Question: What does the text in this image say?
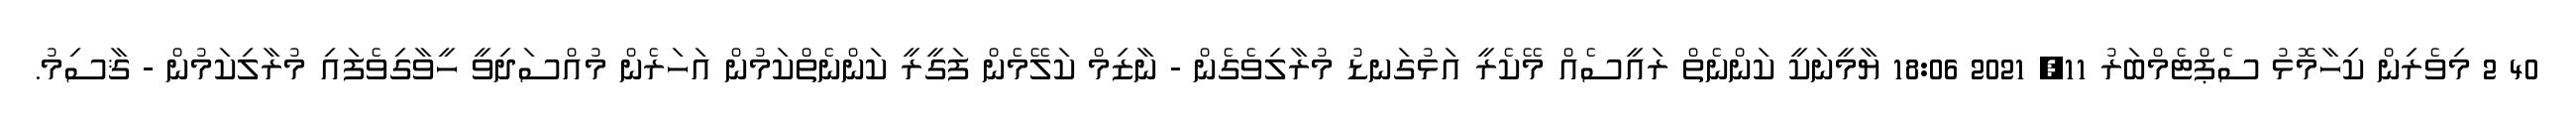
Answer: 40 2 މިވެރިން ކިހާމޮޅު ސެޕްޓެމްބަރު 11, 2021 18:06 ޔާމީނަކީ ކަންނެތް ރައީސެއް މޭކެރީ އަޅުގަނޑު މުރާލިވެގެން - ނާޒިމް ކަލޭމެން ފަގީރީ ކަންނެތްކަމުން އަހަރެން މުއްސަދިވީ ހީވާގިވެފައި މުރާލިކަމުން - ޤާސިމު.